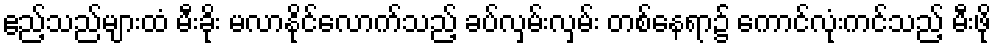
ဧည့်သည်များထံ မီးခိုး မလာနိုင်လောက်သည့် ခပ်လှမ်းလှမ်း တစ်နေရာ၌ ကောင်လုံးကင်သည့် မီးဖို